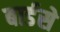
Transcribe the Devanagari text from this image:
बार्डसे